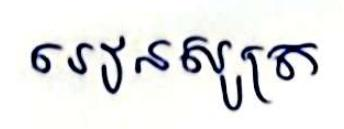
រៀនសូត្រ